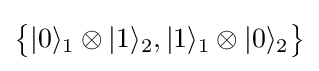
{\big \{}|0\rangle _{1}\otimes |1\rangle _{2},|1\rangle _{1}\otimes |0\rangle _{2}{\big \}}